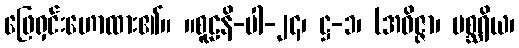
ဖြေရှင်းဟောထား၏။ ။စူဠနိ-ပါ-၂၄၊ ဋ္ဌ-၁၊ (အဝိဇ္ဇာ၊ မစ္ဆရိယ၊